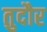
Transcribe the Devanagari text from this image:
तुदौर